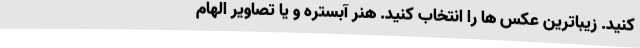
کنید. زیباترین عکس ها را انتخاب کنید. هنر آبستره و یا تصاویر الهام